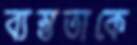
ব্যস্ততাকে